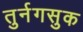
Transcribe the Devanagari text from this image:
तुर्नगसुक